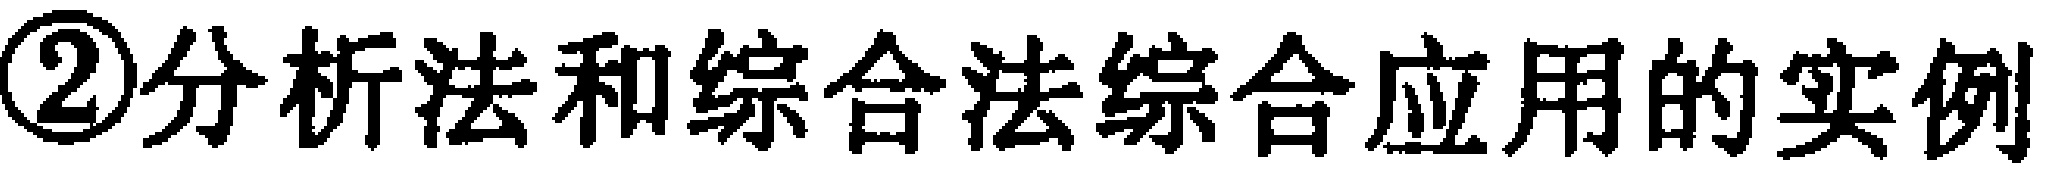
\textcircled{2}分析法和综合法综合应用的实例